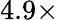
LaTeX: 4.9\times